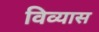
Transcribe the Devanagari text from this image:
विव्यास